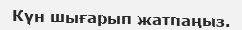
Күн шығарып жатпаңыз.